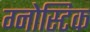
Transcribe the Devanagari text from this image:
ग्नोस्टिक